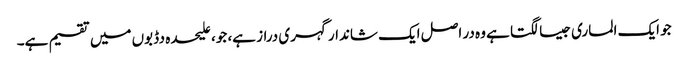
جو ایک الماری جیسا لگتا ہے وہ در اصل ایک شاندار گہری دراز ہے، جو، علیحدہ دڈبوں میں تقسیم ہے۔